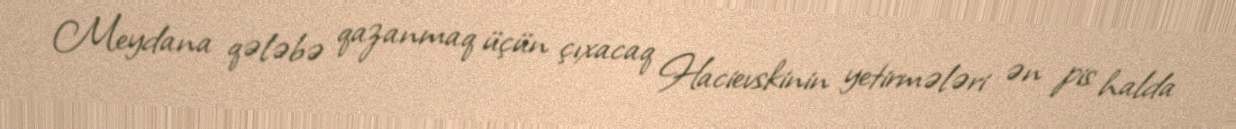
Meydana qələbə qazanmaq üçün çıxacaq Hacievskinin yetirmələri ən pis halda